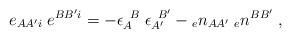
LaTeX: \begin{align*}e_{AA'i} \; e^{BB'i}=-\epsilon_{A}^{\; \; B} \;\epsilon_{A'}^{\; \; B'}-{_{e}n_{AA'}} \; {_{e}n^{BB'}} \; ,\end{align*}